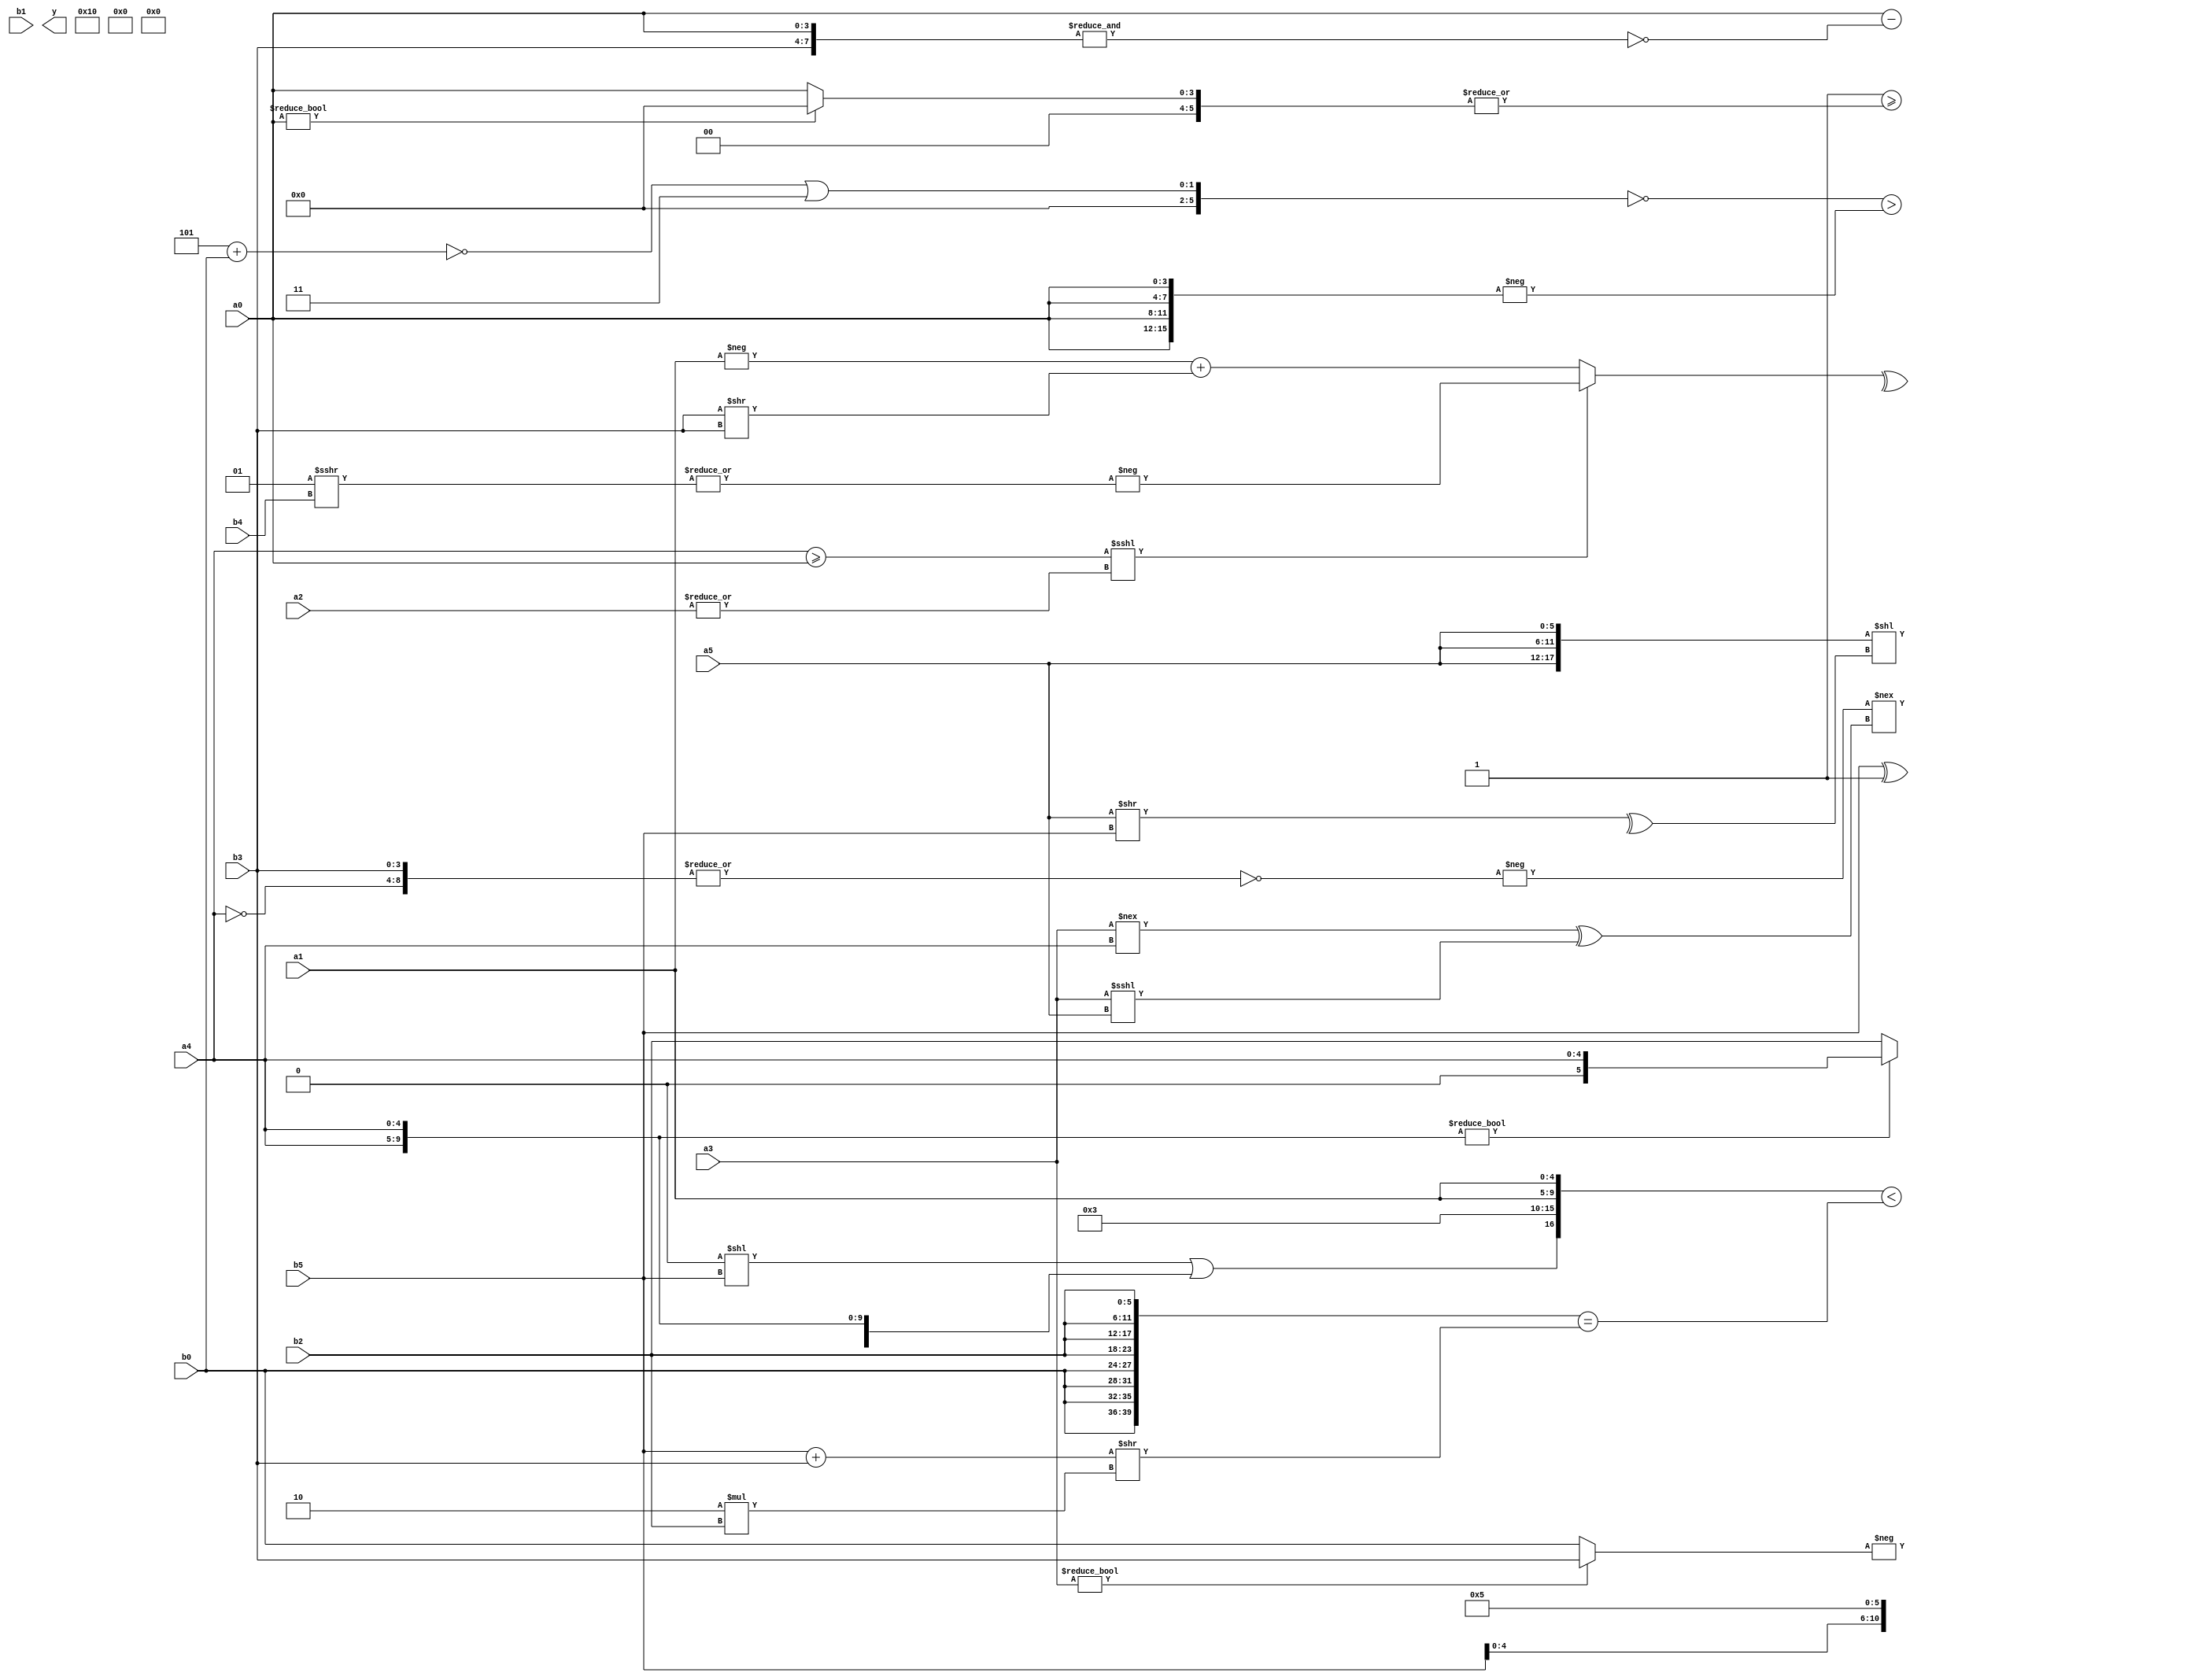
module expression_00601(a0, a1, a2, a3, a4, a5, b0, b1, b2, b3, b4, b5, y);
  input [3:0] a0;
  input [4:0] a1;
  input [5:0] a2;
  input signed [3:0] a3;
  input signed [4:0] a4;
  input signed [5:0] a5;

  input [3:0] b0;
  input [4:0] b1;
  input [5:0] b2;
  input signed [3:0] b3;
  input signed [4:0] b4;
  input signed [5:0] b5;

  wire [3:0] y0;
  wire [4:0] y1;
  wire [5:0] y2;
  wire signed [3:0] y3;
  wire signed [4:0] y4;
  wire signed [5:0] y5;
  wire [3:0] y6;
  wire [4:0] y7;
  wire [5:0] y8;
  wire signed [3:0] y9;
  wire signed [4:0] y10;
  wire signed [5:0] y11;
  wire [3:0] y12;
  wire [4:0] y13;
  wire [5:0] y14;
  wire signed [3:0] y15;
  wire signed [4:0] y16;
  wire signed [5:0] y17;

  output [89:0] y;
  assign y = {y0,y1,y2,y3,y4,y5,y6,y7,y8,y9,y10,y11,y12,y13,y14,y15,y16,y17};

  localparam [3:0] p0 = {{4{((-5'sd5)>>(5'd27))}}};
  localparam [4:0] p1 = {{{(-2'sd0)},{(3'd6),(3'd3),(4'sd0)},{(4'd13),(3'd5),(3'd6)}},(+(((-4'sd1)<=(3'sd3))!==(-2'sd0)))};
  localparam [5:0] p2 = (-((-4'sd0)<<<(-2'sd0)));
  localparam signed [3:0] p3 = (^((2'd2)>(-4'sd6)));
  localparam signed [4:0] p4 = (+((((5'sd14)>=(5'sd13))^((2'd0)<<<(3'd0)))^~(((3'sd0)===(2'd1))||((4'sd7)&&(4'sd5)))));
  localparam signed [5:0] p5 = (2'd1);
  localparam [3:0] p6 = {(~&((3'd5)?(2'd0):(5'sd13))),((3'd2)?(3'sd2):(3'sd3)),(~((4'd11)?(5'd26):(3'sd1)))};
  localparam [4:0] p7 = {4{(-2'sd0)}};
  localparam [5:0] p8 = {2{{2{(-3'sd2)}}}};
  localparam signed [3:0] p9 = (-2'sd0);
  localparam signed [4:0] p10 = {{{{(-4'sd4)},((3'd3)<<<(5'd14))}},{{2{{4{(-3'sd0)}}}}},{4{(5'd0)}}};
  localparam signed [5:0] p11 = ((3'd3)|(4'd8));
  localparam [3:0] p12 = ((~(~&((-(2'd1))>>>((4'sd3)>=(5'sd11)))))>((~&(&(-5'sd7)))||((4'd3)/(-2'sd0))));
  localparam [4:0] p13 = (({(-5'sd9),(2'd1)}|(~(2'sd1)))!=={(^(!(3'sd1)))});
  localparam [5:0] p14 = (2'd3);
  localparam signed [3:0] p15 = (~|({4{((3'sd1)?(2'd1):(2'd1))}}<={2{((-2'sd1)==(4'sd5))}}));
  localparam signed [4:0] p16 = (5'd2 * ((3'd0)===(2'd2)));
  localparam signed [5:0] p17 = ({4{(5'd17)}}^~{2{((4'sd2)?(3'd2):(5'd2))}});

  assign y0 = {2{a2}};
  assign y1 = ((~&((p8?b2:b0)?(p12?b2:b0):(&b3)))>=(!(~(|(+(a0?p2:a0))))));
  assign y2 = ({((p9<<b5)||{3{a4}}),{p14,a1,a1}}<({{4{b0}},{4{b2}}}==((b5+b3)>>(6'd2 * b2))));
  assign y3 = ({3{a5}}<<((^(a5>>b5))));
  assign y4 = {4{{1{b1}}}};
  assign y5 = ((-(~|{(~a4),(|b3)}))!=={{((a3!==a4)^(a3<<<a5))}});
  assign y6 = {3{{2{p0}}}};
  assign y7 = (^(((a4>=a0)<<<(|a2))?(-(|(p15>>>b4))):((-a1)+(b3>>b3))));
  assign y8 = {(-(a3?b3:b0))};
  assign y9 = ({b2,p9,a0}-(~&{a0,b3}));
  assign y10 = {2{{{2{a4}}}}};
  assign y11 = ({2{a4}}?{1{a4}}:{2{b2}});
  assign y12 = (^({2{(&(p2?a3:p10))}}^~(~^({1{(~|p8)}}>>(p10<<p10)))));
  assign y13 = ((!((!(p6+b0))|((p14-p16)|(~&p13))))>(-{4{{1{a0}}}}));
  assign y14 = (b5^p4);
  assign y15 = (((b1<=a0)%p0));
  assign y16 = $unsigned(b5);
  assign y17 = (p6+p7);
endmodule